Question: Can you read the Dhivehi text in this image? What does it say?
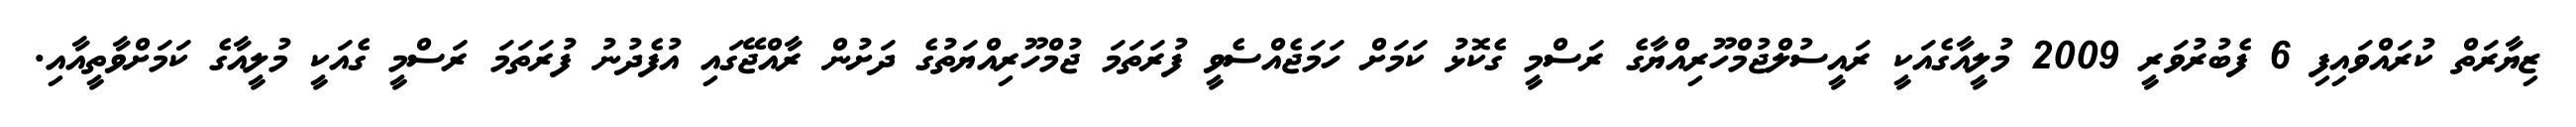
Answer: ޒިޔާރަތް ކުރައްވައިފި 6 ފެބުރުވަރީ 2009 މުލީއާގެއަކީ ރައީސުލްޖުމްހޫރިއްޔާގެ ރަސްމީ ގެކޮޅު ކަމަށް ހަމަޖެއްސެވީ ފުރަތަމަ ޖުމްހޫރިއްޔަތުގެ ދަށުން ރާއްޖޭގައި އުފެދުނު ފުރަތަމަ ރަސްމީ ގެއަކީ މުލީއާގެ ކަމަށްވާތީއާއި.